Lunatic asylums United Provinces 1909-1921 - 1909-1921
Year: 1909
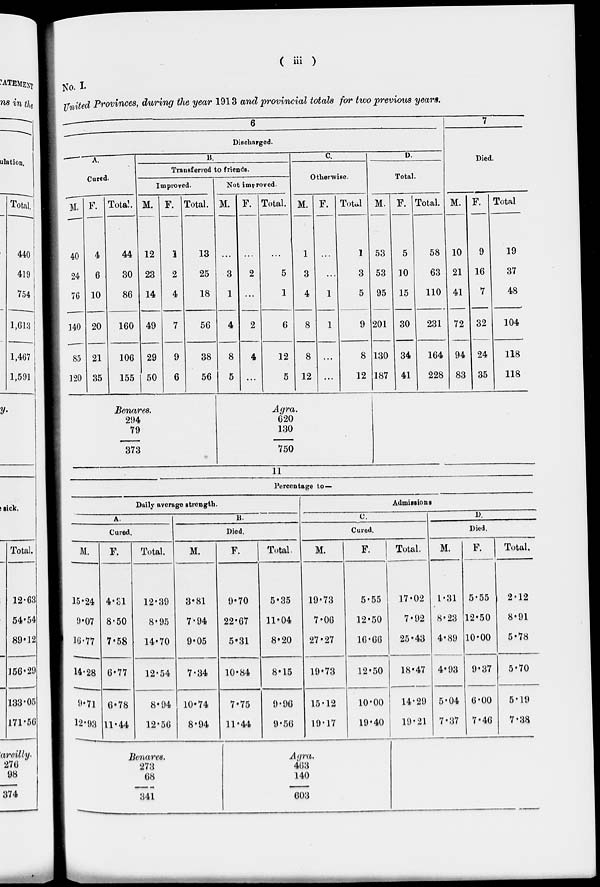
( iii )
No. I.
TTiited Provinces, during the year 1913 and provincial totals for two previous years.
6
Discharged.
A.
Cured.
M.
40
24
7G
140
85
120
F.
4
6
10
20
Total.
]$.
Transferred to friends.
Improved.
M.
44
30
86
F.
21
35
160
106
155
12
23
14
Total.
Not improved.
M.
49
2
4
13
25
18
F. Total.
29 I 9
50
6
56
38
56
3
1
c.
D.
Otherwise
M. F.
4
8
5
1
4
6
1
3
4
Total
8
12
8
12
1
3
5
Total.
M. F.
9
53
53
95
Total.
201
5
10
15
8
12
130
187
30
58
63
110
Died.
M. F.
34
41
231
164
228
10
9
21 16
41
7
72 32
94 24
83 35
Total
19
37
48
104
118
118
Benares.
294
79
373
Agra,
620
130
750
11
Percentage to —
Daily average strength.
Admissions
A.
B.
o.
D.
Cured.
Died.
Cured.
Died.
M.
F.
Total.
M.
F.
Total.
M.
F.
Total.
M.
F.
Total,
15*24 4-S1
12-39
3*81
9-70
5-35
19-73
5-55
17-02 1-31 5-55
2-12
0*07 8-50
8-95
7-94
22-67
11-04
7-06
12-50
7-92 8-23 12-50
8-91
10-77 7*58
14-70
9-05
5*31
8-20
27-27
16-66
25-43 4-89 10-00
5-78
H-28 6*77
12-54
7-34
10-84
8-15
19-73
12-50
18-47 4-93 9-37
5-70
9«7l 6*78
8-94 10*74
7-75
9-96
15-12
10-00
14-29 5-04 6-00
5-19
12*93 11-44
12-56
8-94
11-44
9-56
19-17
19-40
19-21 7-37 7-46
7-38
I 'e7iares.
273
68
Agra,
403
140
341
603